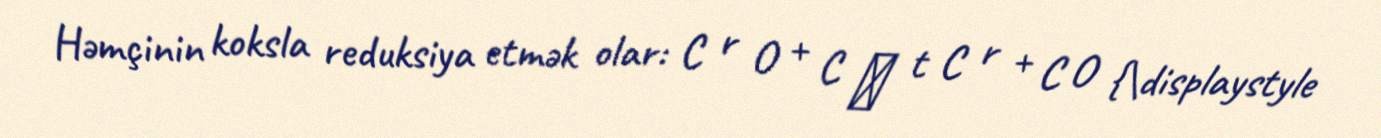
Həmçinin koksla reduksiya etmək olar: C r O + C → t C r + C O {\displaystyle